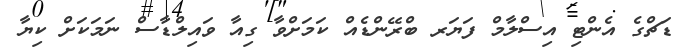
ޑަޗްގެ އެންޓި އިސްލާމް ފަޔަރ ބްރޭންޑެއް ކަމަށްވާ ގިއާ ވައިލްޑާސް ނަމަކަށް ކިޔާ